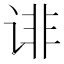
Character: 诽